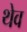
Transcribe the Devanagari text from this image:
थेव